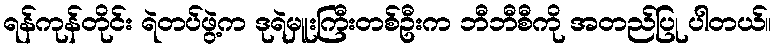
ရန်ကုန်တိုင်း ရဲတပ်ဖွဲ့က ဒုရဲမှူးကြီးတစ်ဦးက ဘီဘီစီကို အတည်ပြု ပါတယ်။